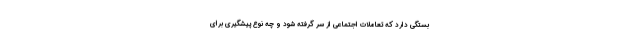
بستگی دارد که تعاملات اجتماعی از سر گرفته شود و چه نوع پیشگیری برای